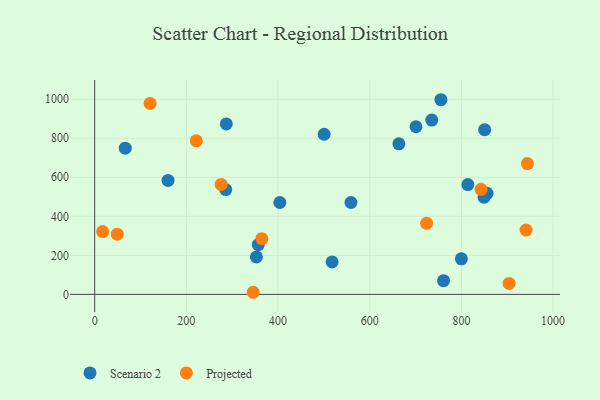
{"axis": {"x": "Ad Spend", "y": "Exam Score"}, "legend": ["Projected", "Scenario 2"], "data": [{"x": "352.8", "y": 191.9, "type": "Scenario 2"}, {"x": "735.3", "y": 892.9, "type": "Scenario 2"}, {"x": "500.5", "y": 820.6, "type": "Scenario 2"}, {"x": "850.7", "y": 844.0, "type": "Scenario 2"}, {"x": "559.0", "y": 470.8, "type": "Scenario 2"}, {"x": "517.9", "y": 166.3, "type": "Scenario 2"}, {"x": "285.9", "y": 537.0, "type": "Scenario 2"}, {"x": "755.3", "y": 997.4, "type": "Scenario 2"}, {"x": "799.9", "y": 182.2, "type": "Scenario 2"}, {"x": "160.0", "y": 584.1, "type": "Scenario 2"}, {"x": "287.1", "y": 873.6, "type": "Scenario 2"}, {"x": "663.6", "y": 771.6, "type": "Scenario 2"}, {"x": "814.0", "y": 562.9, "type": "Scenario 2"}, {"x": "856.0", "y": 517.6, "type": "Scenario 2"}, {"x": "849.4", "y": 498.2, "type": "Scenario 2"}, {"x": "356.8", "y": 255.0, "type": "Scenario 2"}, {"x": "700.9", "y": 859.0, "type": "Scenario 2"}, {"x": "403.9", "y": 470.8, "type": "Scenario 2"}, {"x": "761.0", "y": 70.1, "type": "Scenario 2"}, {"x": "66.7", "y": 749.2, "type": "Scenario 2"}, {"x": "724.1", "y": 364.1, "type": "Projected"}, {"x": "49.2", "y": 308.5, "type": "Projected"}, {"x": "221.7", "y": 786.8, "type": "Projected"}, {"x": "364.7", "y": 285.3, "type": "Projected"}, {"x": "842.8", "y": 538.4, "type": "Projected"}, {"x": "345.8", "y": 10.9, "type": "Projected"}, {"x": "120.8", "y": 978.5, "type": "Projected"}, {"x": "275.8", "y": 563.3, "type": "Projected"}, {"x": "941.0", "y": 329.4, "type": "Projected"}, {"x": "943.9", "y": 670.1, "type": "Projected"}, {"x": "904.0", "y": 56.2, "type": "Projected"}, {"x": "17.3", "y": 321.9, "type": "Projected"}]}